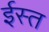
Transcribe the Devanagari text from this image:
ईस्त